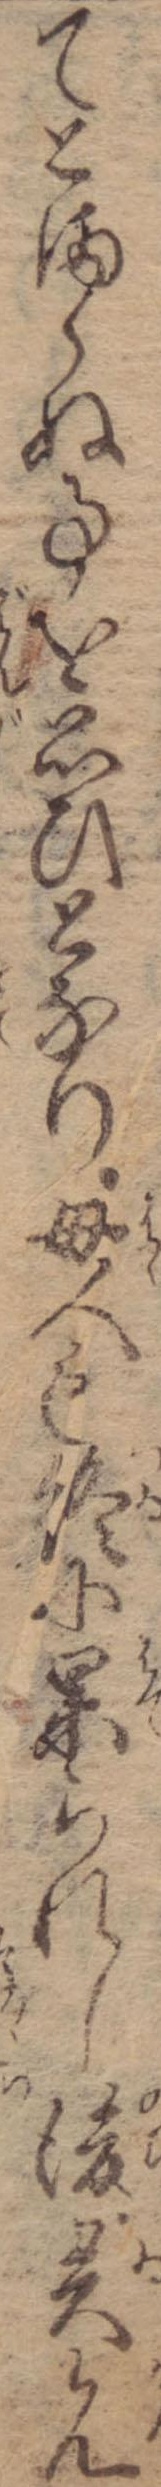
てとまらぬ事を思ひとなり母人も終に果られし後異見